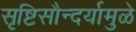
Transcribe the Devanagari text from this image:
सृष्टिसौन्दर्यामुळे